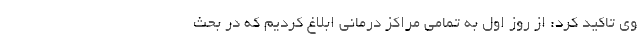
وی تاکید کرد: از روز اول به تمامی مراکز درمانی ابلاغ کردیم که در بحث